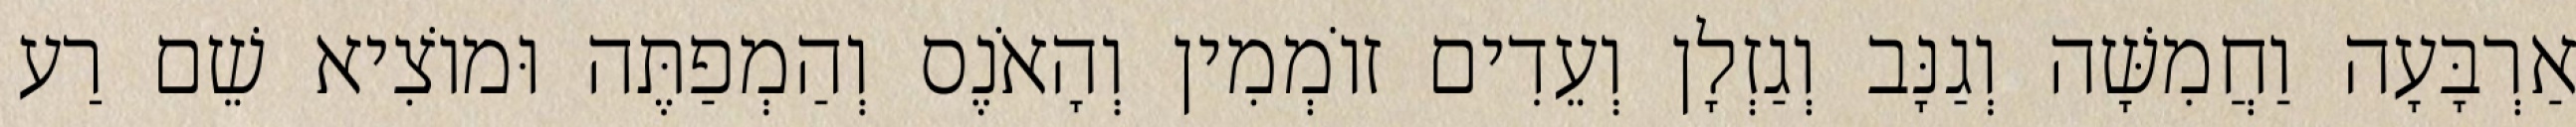
אַרְבָּעָה וַחֲמִשָּׁה וְגַנָּב וְגַזְלָן וְעֵדִים זוֹמְמִין וְהָאֹנֶס וְהַמְפַתֶּה וּמוֹצִיא שֵׁם רַע